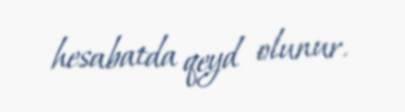
hesabatda qeyd olunur.